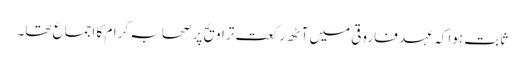
ثابت ہوا کہ عہد ِ فاروقی میں آٹھ رکعت تراویح پر صحابہ کرام کا اجماع تھا۔